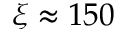
\xi \approx 1 5 0